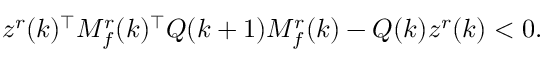
z ^ { r } ( k ) ^ { \top } M _ { f } ^ { r } ( k ) ^ { \top } Q ( k + 1 ) M _ { f } ^ { r } ( k ) - Q ( k ) z ^ { r } ( k ) < 0 .